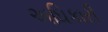
અઘિકારી